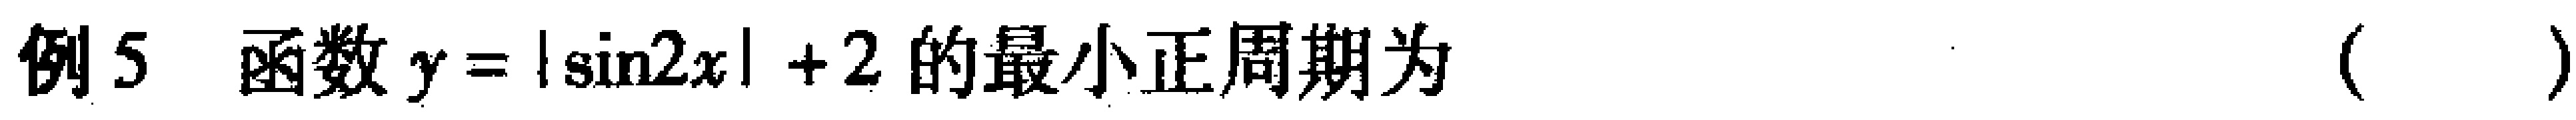
例5 函数\(y = |\sin2x| + 2\)的最小正周期为（  ）